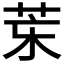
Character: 𦮞